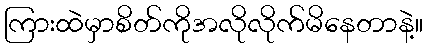
ကြားထဲမှာစိတ်ကိုအလိုလိုက်မိနေတာနဲ့။